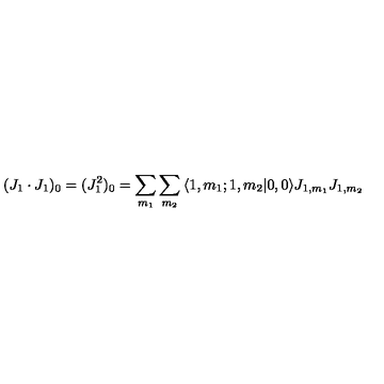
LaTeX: ( J _ { 1 } \cdot J _ { 1 } ) _ { 0 } = ( J _ { 1 } ^ { 2 } ) _ { 0 } = \sum _ { m _ { 1 } } \sum _ { m _ { 2 } } \: \langle 1 , m _ { 1 } ; 1 , m _ { 2 } | 0 , 0 \rangle J _ { 1 , m _ { 1 } } J _ { 1 , m _ { 2 } }